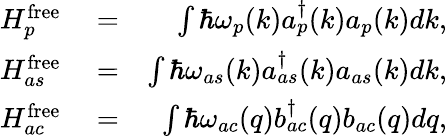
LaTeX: \begin{array}{rlr}{H_{p}^{\mathrm{free}}}&{{}=}&{\int\hbar\omega_{p}(k)a_{p}^{\dagger}(k)a_{p}(k)dk,}\\ {H_{as}^{\mathrm{free}}}&{{}=}&{\int\hbar\omega_{as}(k)a_{as}^{\dagger}(k)a_{as}(k)dk,}\\ {H_{ac}^{\mathrm{free}}}&{{}=}&{\int\hbar\omega_{ac}(q)b_{ac}^{\dagger}(q)b_{ac}(q)dq,}\end{array}